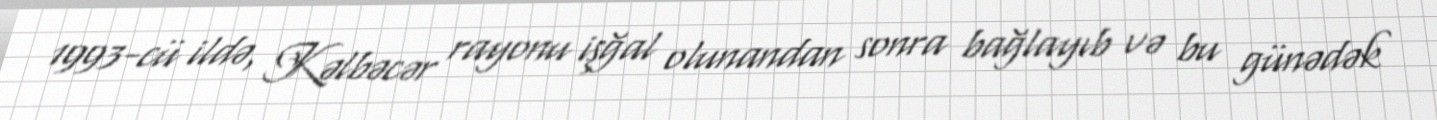
1993-cü ildə, Kəlbəcər rayonu işğal olunandan sonra bağlayıb və bu günədək